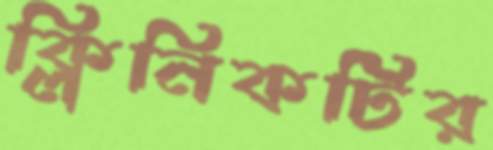
ক্লিনিকটির